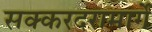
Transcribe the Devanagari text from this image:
सक्करदरामार्गे